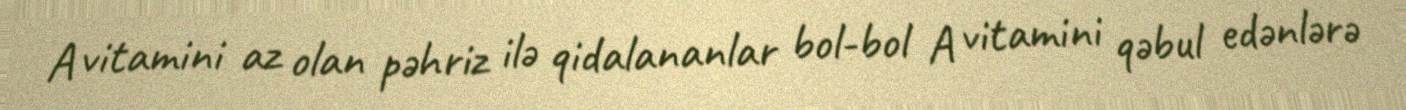
A vitamini az olan pəhriz ilə qidalananlar bol-bol A vitamini qəbul edənlərə